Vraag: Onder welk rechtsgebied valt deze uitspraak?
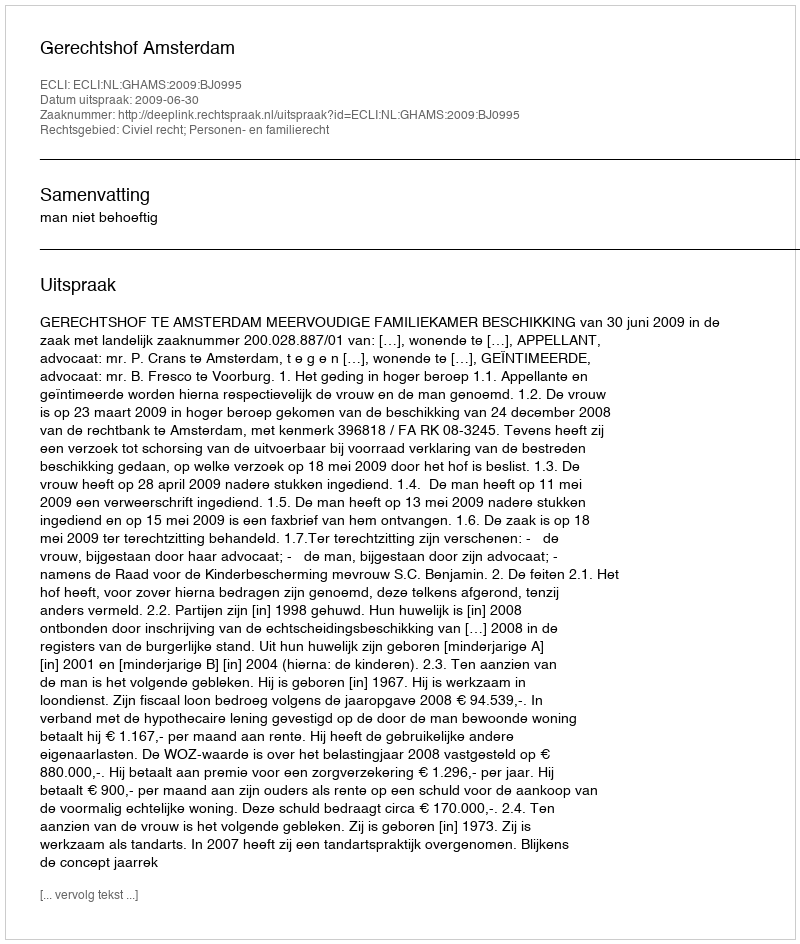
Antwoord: Civiel recht; Personen- en familierecht